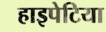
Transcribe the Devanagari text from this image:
हाइपेटिया